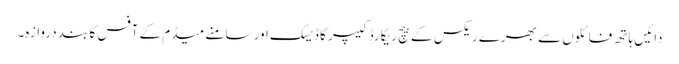
دائیں ہاتھ فائلوں سے بھرے ریکس کے بیچ ریکارڈ کیپر کا ڈیسک اور سامنے میڈم کے آفس کا بند دروازہ۔